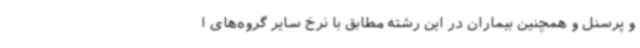
و پرسنل و همچنین بیماران در این رشته مطابق با نرخ سایر گروه‌های ا